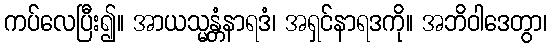
ကပ်လေပြီး၍။ အာယသ္မန္တံနာရဒံ၊ အရှင်နာရဒကို။ အဘိဝါဒေတွာ၊